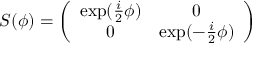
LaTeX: S ( \phi ) = \left( \begin{array} { c c } { { \exp ( \frac { i } { 2 } \phi ) } } & { { 0 } } \\ { { 0 } } & { { \exp ( - \frac { i } { 2 } \phi ) } } \end{array} \right)